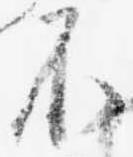
不